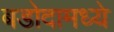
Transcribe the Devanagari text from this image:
बडोदामध्ये